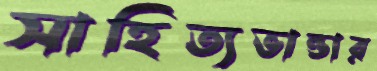
সাহিত্যভান্ডার